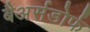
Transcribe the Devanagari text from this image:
बैअर्सडोर्फ